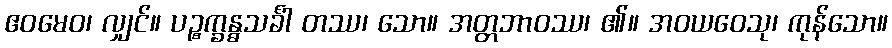
ဧဝမေဝ၊ လျှင်။ ပဉ္စက္ခန္ဓသင်္ခါ တဿ၊ သော။ အတ္တဘာဝဿ၊ ၏။ အဝယဝေသု၊ ကုန်သော။